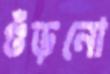
গুঁড়নো